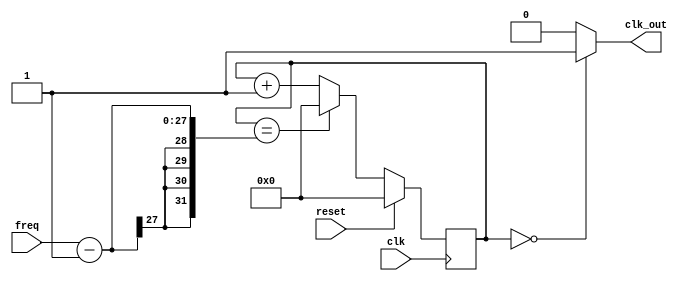
`timescale 1ns / 1ps

module clock_divider(
    input clk,
	input [26:0] freq,
	input reset,
    output clk_out
    );

reg [26:0] counter;
//reg [26:0] max_val;

initial begin
	counter = 0;
	//max_val = 100000000 / freq;
end

assign clk_out = (counter == 0)? 1'b1 : 1'b0;
//assign max_val = 100000000 + freq;

always @ (posedge clk)
begin
	if (reset) begin
		counter <= 0;
		//max_val <= 100000000 / freq;
	end
	else if (counter == freq - 1)
		counter <= 0;
	else
		counter <= (counter + 1);// % freq;
end

endmodule